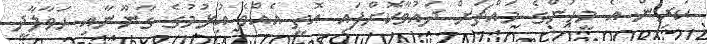
ކުރިން އެ މީހުންގެ މައްޗަށް ދައުވާކޮށްފައި އޮތީ އެއްވެ އުޅުމުގެ ގާނޫނާއި ހަވާލާދީ